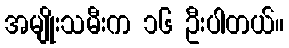
အမျိုးသမီးက ၁၆ ဦးပါတယ်။